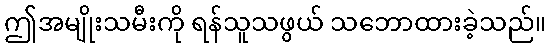
ဤအမျိုးသမီးကို ရန်သူသဖွယ် သဘောထားခဲ့သည်။